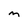
Character: m